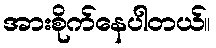
အားစိုက်နေပါတယ်။